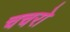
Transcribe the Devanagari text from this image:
चचरो